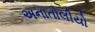
અનાતોલીયો